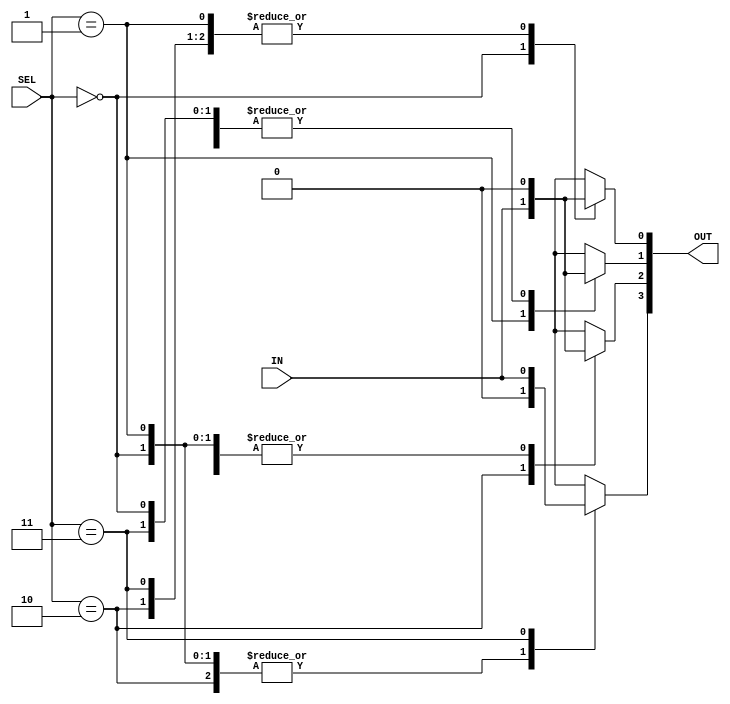
module DMF_module (
  IN, OUT, SEL
);
input IN;
input [1:0] SEL;
output reg[3:0] OUT;

always @(IN or SEL) begin
  case(SEL)
   2'b00:begin OUT[0]=IN;OUT[1]=0;OUT[2]=0;OUT[3]=0;end
   2'b01:begin OUT[0]=0;OUT[1]=IN;OUT[2]=0;OUT[3]=0;end
   2'b10:begin OUT[0]=0;OUT[1]=0;OUT[2]=IN;OUT[3]=0;end
   2'b11:begin OUT[0]=0;OUT[1]=0;OUT[2]=0;OUT[3]=IN;end
  endcase
end

endmodule